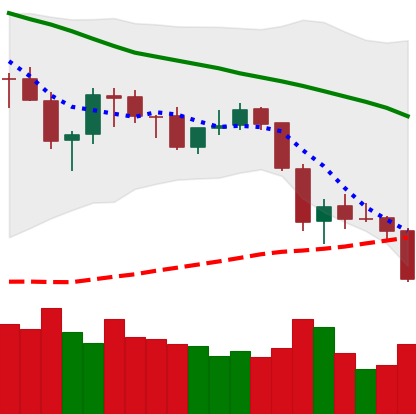
Ticker: ETH-USD
Chart end date: 2018-05-28
Forward return: 14.684%
Label: up_7plus